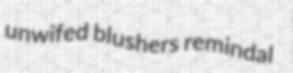
unwifed blushers remindal